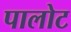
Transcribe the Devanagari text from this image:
पालोट